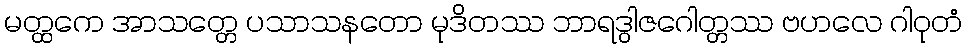
မတ္ထကေ အာသတ္တေ ပသာသနတော မုဒိတဿ ဘာရဒွါဇဂေါတ္တဿ ဗဟလေ ဂါဝုတံ